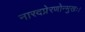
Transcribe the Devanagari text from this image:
नारदप्रेरणोन्मुखः।